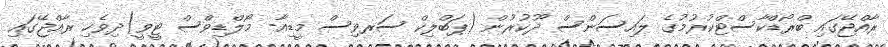
ރާއްޖޭގައި ބްރޯޑްކާސްޓްކުރުމުގެ ލައިސަންސް ދޫކުރުން (ޕަބްލިކް ސަރވިސް މީޑިއާ- މޯލްޑިވްސް ޓީވީ)ދިވެހި ރާއްޖޭގައި